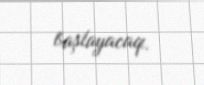
başlayacaq.